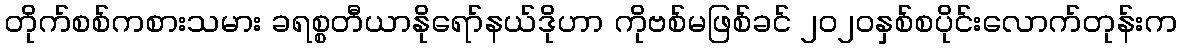
တိုက်စစ်ကစားသမား ခရစ္စတီယာနိုရော်နယ်ဒိုဟာ ကိုဗစ်မဖြစ်ခင် ၂၀၂၀နှစ်စပိုင်းလောက်တုန်းက